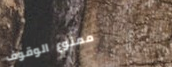
ممنوع الوقوف